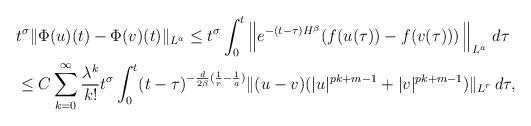
LaTeX: \begin{align*}& t^{\sigma}\|\Phi(u)(t)-\Phi(v)(t)\|_{L^a}\leq t^{\sigma} \int_0^t \left\|e^{-(t-\tau)H^{\beta}}(f(u(\tau))-f(v(\tau))) \, \right\|_{L^{a}} \, d\tau \\ &\leq C \sum_{k=0}^{\infty} \frac{\lambda^k}{k!} t^{\sigma} \int_0^t (t-\tau)^{-\frac d{2\beta}(\frac 1r-\frac 1a)} \|(u-v)(|u|^{pk+m-1}+|v|^{pk+m-1})\|_{L^r} \, d\tau,\end{align*}